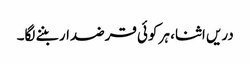
دریں اثنا، ہر کوئی قرضدار بننے لگا۔